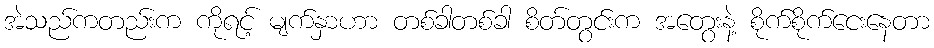
အဲသည်ကတည်းက ကိုရင့် မျက်နှာဟာ တစ်ခါတစ်ခါ စိတ်တွင်းက အတွေးနဲ့ စိုက်စိုက်ငေးနေတာ